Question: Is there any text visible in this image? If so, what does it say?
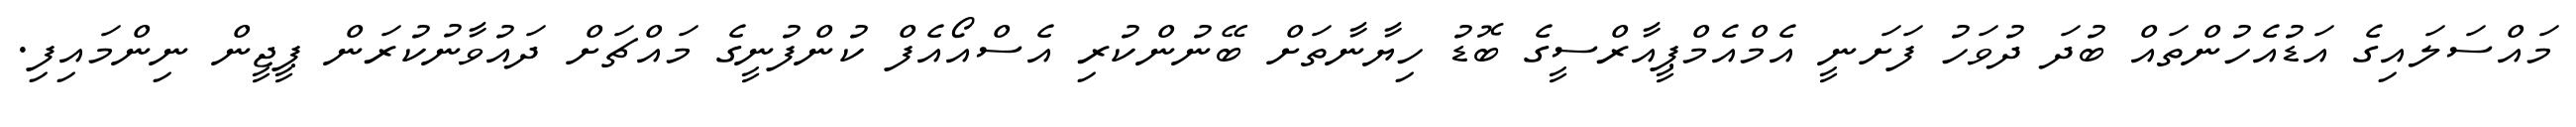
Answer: މައްސަލައިގެ އަޑުއެހުންތައް ބުދަ ދުވަހު ފަށަނީ އެމްއެމްޕީއާރްސީގެ ބޮޑު ހިޔާނާތަށް ބޭނުންކުރި އެސްއޯއެފް ކުންފުނީގެ މައްޗަށް ދައުވާނުކުރަން ޕީޖީން ނިންމައިފި.